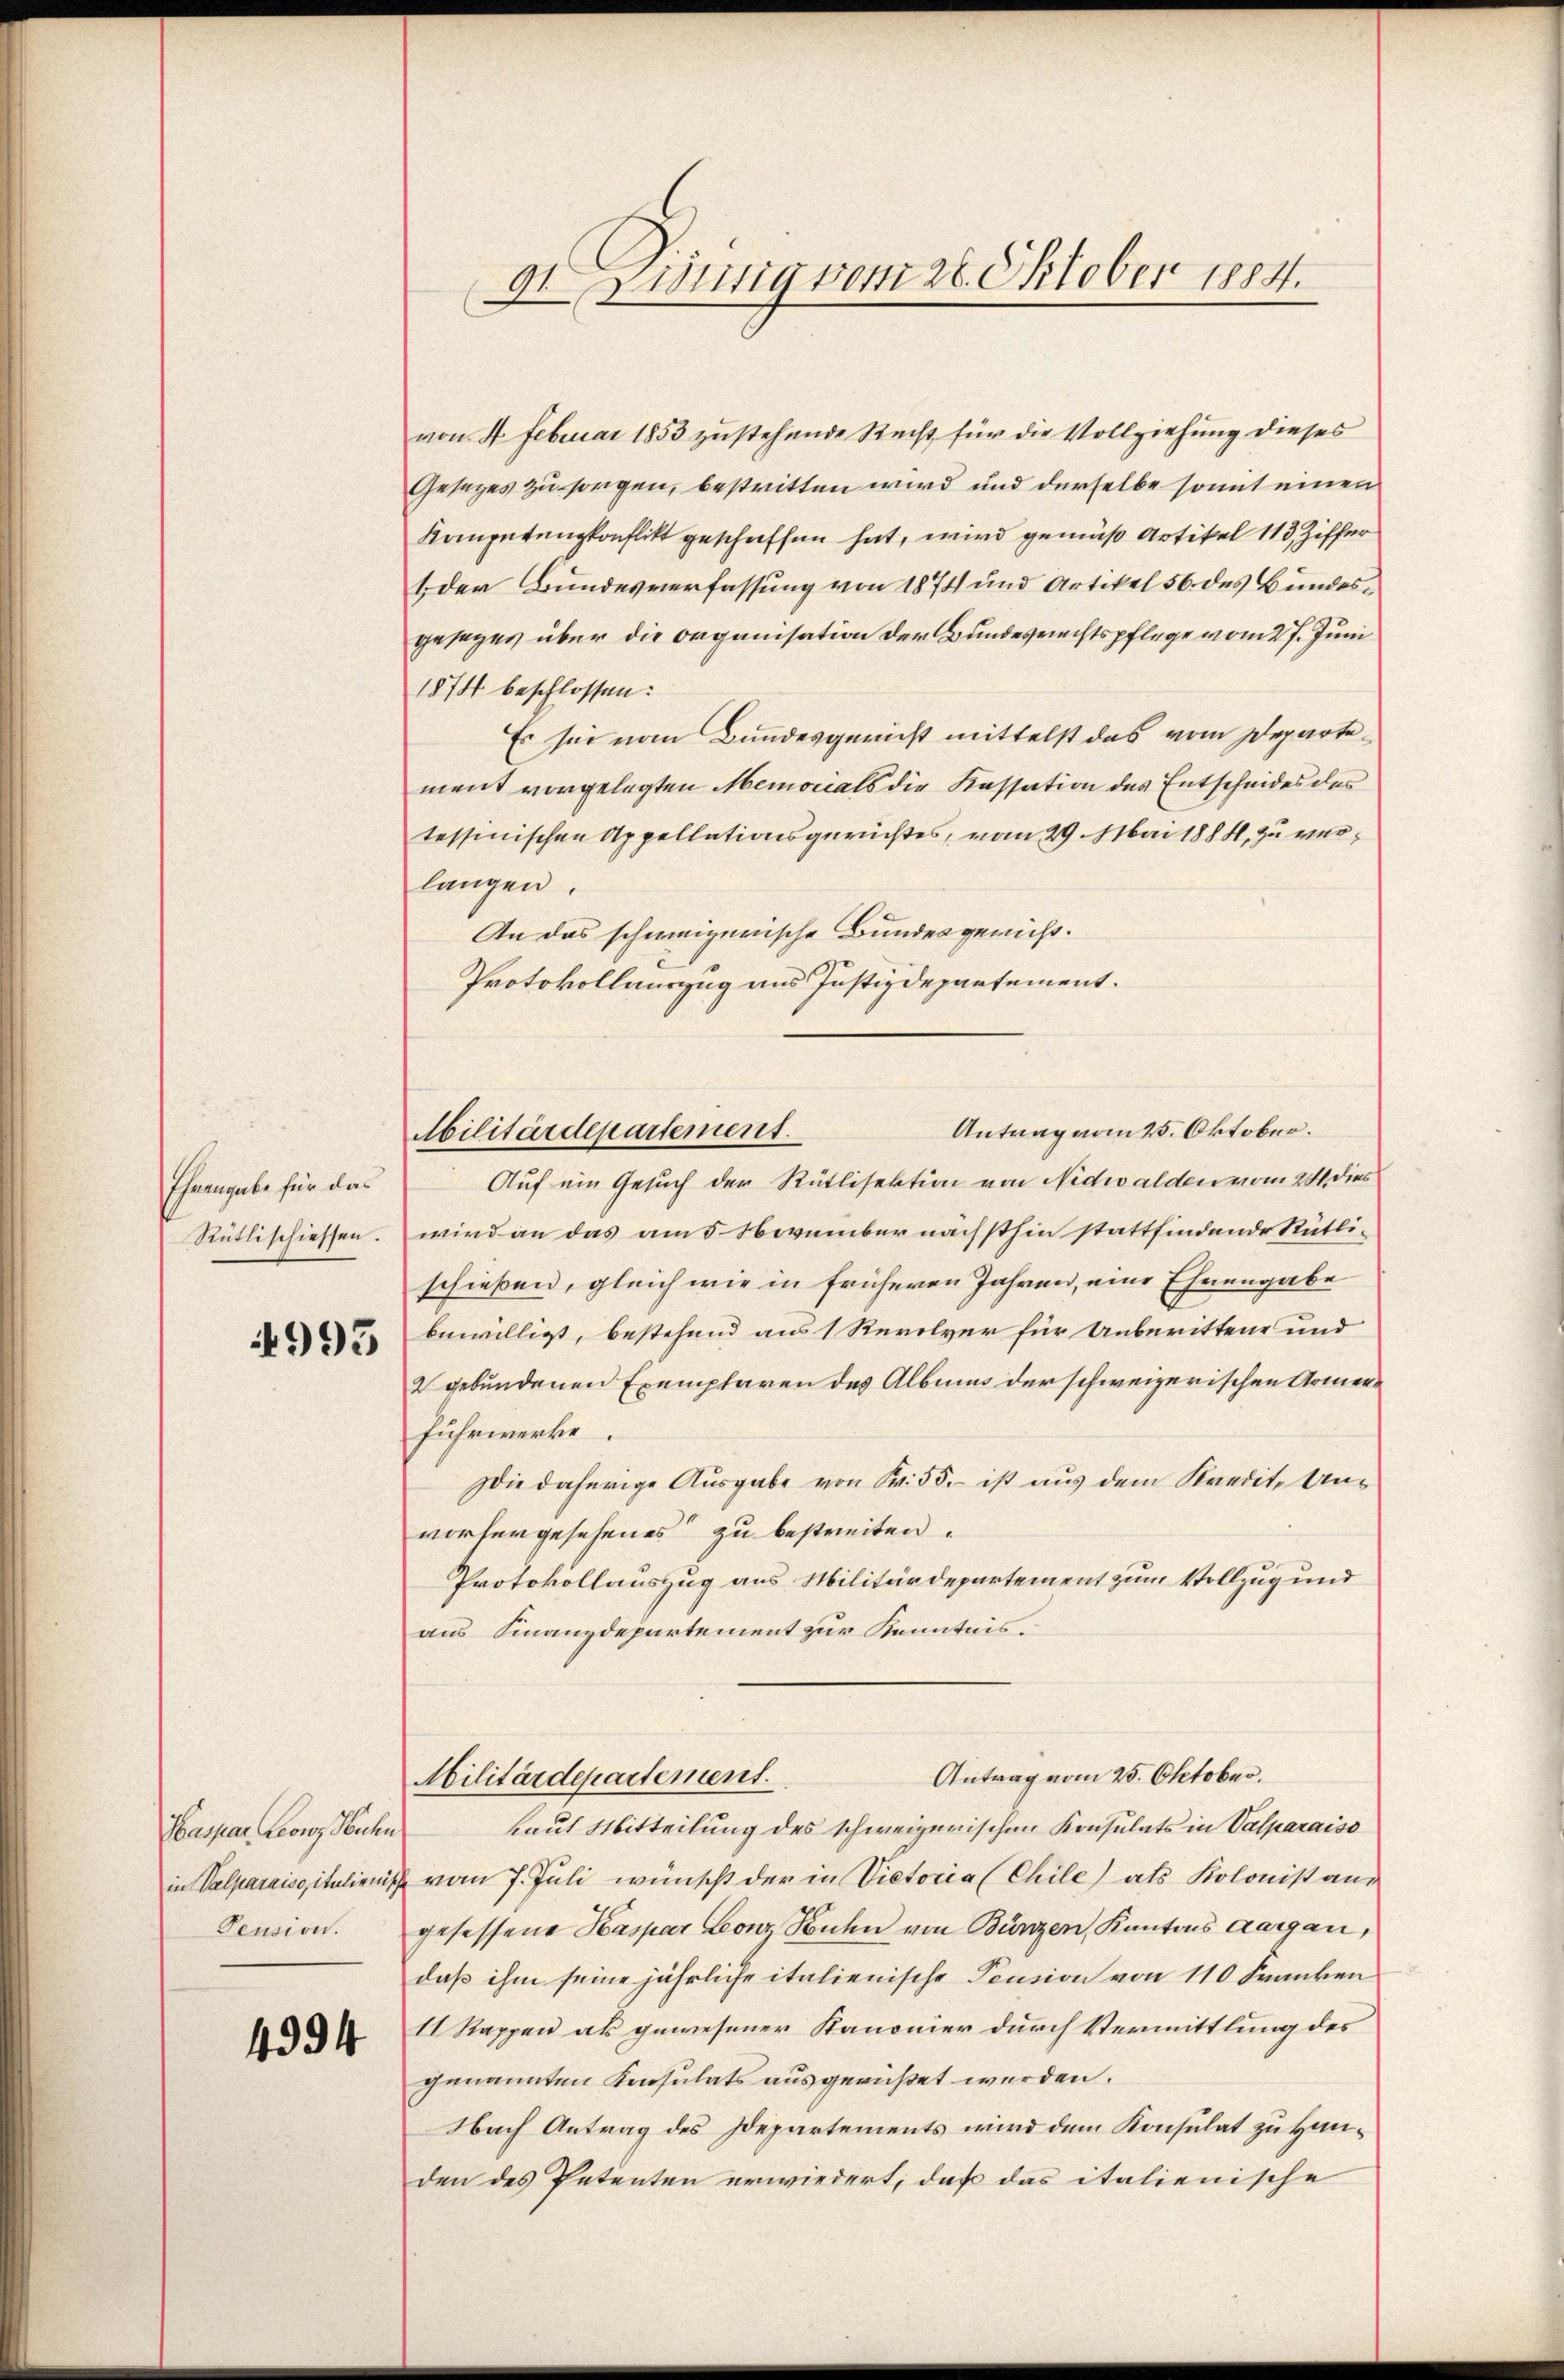
Ehrengabe für das
Rütlischiessen.

4993

Haspar Leonz Buchen
in Valparaisaitulienisch
Pension.

4394

9t. Zinnig vom 26. Oktober 1884.

von 4. Februar 1853 zustehende Recht für die Vollziehung dieses
Gesezes zu sorgen, bestritten wird und derselbe somit einen
Komputungkonflikt geschaffen hat, wird gemäß Artikel 113, Ziffer
1 der Bundesverfassung von 1874 und Artikel 56 des Bundesgesages über die Organisation der Bundesrechtspflege vom 27. Juni
1874 beschlossen:
Es sei vom Bundesgericht mittelst das vom Departement vorgelegten Memorials die Kassation des Entscheides des
tessinischen Appellationsgerichtes, vom 29. Mai 1884, zu verlangen.
An das schweizerische Bundesgericht.
Protokollauszug aus Justizdepartement.
Auf ein Gesuch der Rütlisektion von Nidwalden vom 281 dies
wird an das am 5. November nächsthin stattfindende Rütli-
schießen, gleich wie in früheren Jahren, eine Ehrengabe
bewilligt, bestehend aus 1 Revolver für Unberittene und
2 gebundenen Exemplaren des Albums der schweizerischen Armen¬
Fuhrwerke.
Die daherige Ausgabe von Fr. 55. ist aus dem Kredite Anvorhergesehenes zu bestreiten.
Protokollauszug aus Militärdepartement zum Vollzug und
aus Finanzdepartement zur Kenntnis.
Antrag vom 25. Oktober.
Militärdepartement.
laut Mitteilung des schweizerischen Konsulats in Valparaiso
vom 7. Juli wünscht der in Victoria (Chile) als Kolonist aus
gesessene Kaspar Leonz Senten von Bunzen, Kantons Aargau,
daß ihm seine jährliche italienische Pension von 110 Franken
11 Rappen als gewesener Kanonier durch Vermittlung des
genannten Konsulats ausgerüßet werden.
Nach Antrag des Departements wird dem Konsulat zu Handen des Petenten erwiedert, daß das italienische

Antrag vom 25. Oktober.
Militärdepartement.